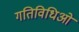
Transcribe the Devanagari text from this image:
गतिविधिओं